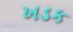
ખડક